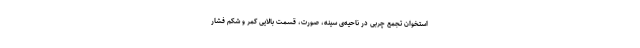
استخوان تجمع چربی در ناحیه‌ی سینه، صورت، قسمت بالایی کمر و شکم فشار